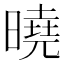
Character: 曉